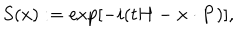
LaTeX: S ( x ) : = \exp [ - i ( t H - { \bf x } \cdot { \bf P } ) ] ,